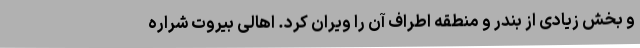
و بخش زیادی از بندر و منطقه اطراف آن را ویران کرد. اهالی بیروت شراره